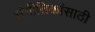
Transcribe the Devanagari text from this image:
संगीतिकांसाठी